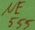
Text: NE555